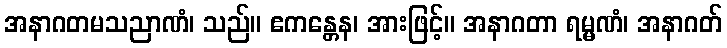
အနာဂတမသညာဏံ၊ သည်။ ဧကန္တေန၊ အားဖြင့်။ အနာဂတာ ရမ္မဏံ၊ အနာဂတ်